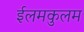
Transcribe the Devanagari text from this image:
ईलमकुलम